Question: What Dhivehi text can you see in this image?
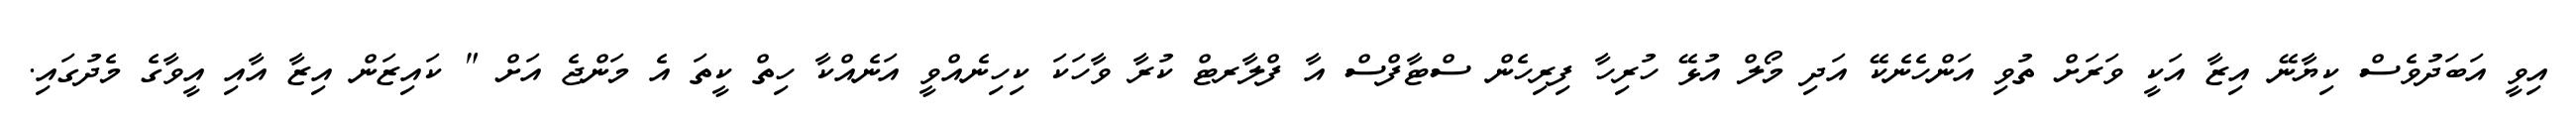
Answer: އިވީ އަބަދުވެސް ކިޔާނޭ އިޒާ އަކީ ވަރަށް ތުވި އަންހެނެކޭ އަދި މޯލް އުޅޭ ހުރިހާ ފިރިހެން ސްޓާފްސް އާ ފްލާރޓް ކުރާ ވާހަކަ ކިހިނެއްވީ އަނެއްކާ ހިތް ކީތަ އެ މަންޖެ އަށް " ކައިޒަން އިޒާ އާއި އީވާގެ މެދުގައި.